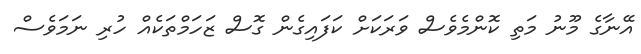
އޭނާގެ މޫނު މަތި ކޮންމެވެސް ވަރަކަށް ކަފައިގެން ގޮސް ޒަހަމްތަކެއް ހުރި ނަމަވެސް